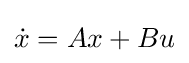
{\dot {x}}=Ax+Bu